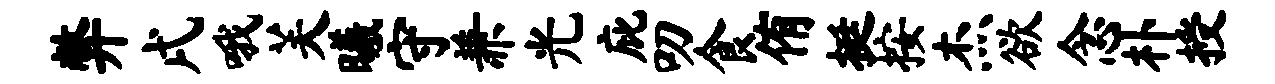
弊戌哦芙曦守兼光庇叨食侑挺按杰欲念朴授